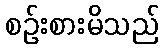
စဉ်းစားမိသည်